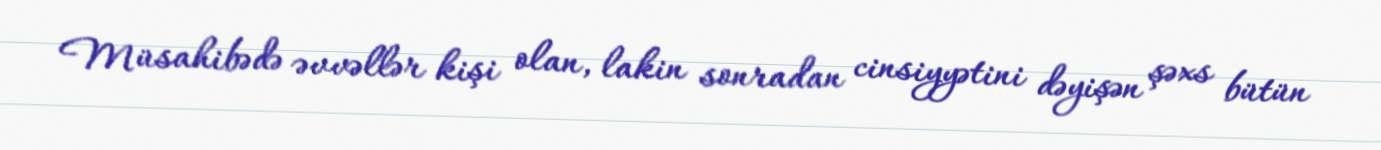
Müsahibədə əvvəllər kişi olan, lakin sonradan cinsiyyətini dəyişən şəxs bütün